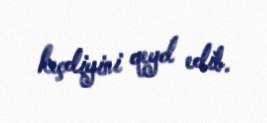
keçdiyini qeyd edib.